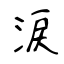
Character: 涙